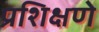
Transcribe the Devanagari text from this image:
प्रशिक्षणे